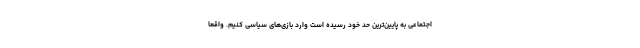
اجتماعی به پایین‌ترین حد خود رسیده است وارد بازی‌های سیاسی کنیم. واقعا